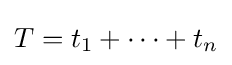
T=t_{1}+\cdots +t_{n}